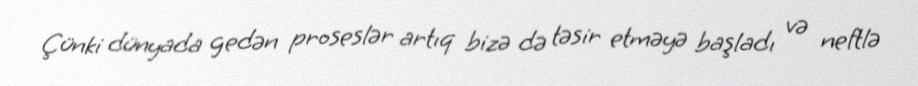
Çünki dünyada gedən proseslər artıq bizə də təsir etməyə başladı və neftlə